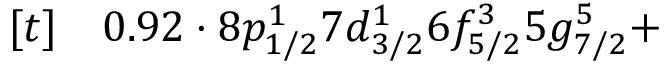
\begin{array} { r l } { [ t ] } & { { } 0 . 9 2 \cdot 8 p _ { 1 / 2 } ^ { 1 } 7 d _ { 3 / 2 } ^ { 1 } 6 f _ { 5 / 2 } ^ { 3 } 5 g _ { 7 / 2 } ^ { 5 } + } \end{array}